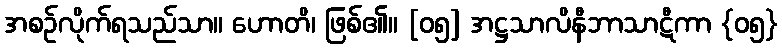
အစဉ်လိုက်ရသည်သာ။ ဟောတိ၊ ဖြစ်၏။ [၀၅] အဋ္ဌသာလိနီဘာသာဋီကာ {၀၅}